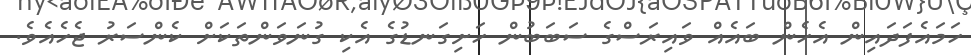
ހަމައެފަދައިން އެހެން ބައެއް ވައިރަސްގެ ސަބަބުން ހަށިގަނޑުގެ އެކި ގުނަވަންތަކަށް ކެންސަރު ޖެހެއެވެ.